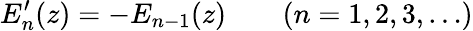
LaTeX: E_{n}^{\prime}(z)=-E_{n-1}(z)\qquad(n=1,2,3,\ldots)